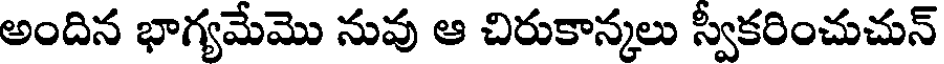
అందిన భాగ్యమేమొ నువు ఆ చిరుకాన్కలు స్వీకరించుచున్